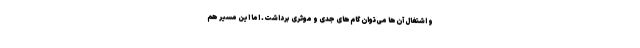
و اشتغال آن‌ها می‌توان گام‌های جدی و موثری برداشت. اما این مسیر هم